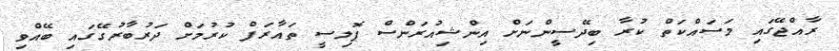
ރާއްޖޭގައި މަސައްކަތް ކުރާ ބިދޭސީންނަށް އިންޝިއުރަންސް ޕޮލިސީ ތައާރަފް ކުރުމަށް ދަރުބާރުގޭގައި ބޭއްވި